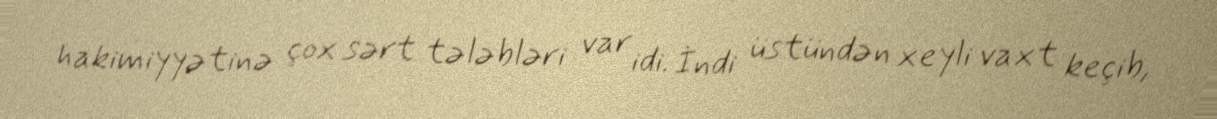
hakimiyyətinə çox sərt tələbləri var idi. İndi üstündən xeyli vaxt keçib,